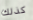
كذلك